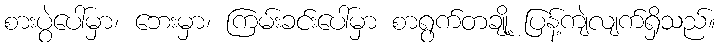
စားပွဲပေါ်မှာ၊ ဘေးမှာ၊ ကြမ်းခင်းပေါ်မှာ စာရွက်တချို့ ပြန့်ကျဲလျက်ရှိသည်။